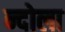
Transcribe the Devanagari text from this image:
न्दोला